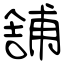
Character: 舗